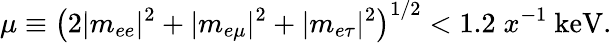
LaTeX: \mu\equiv\left(2|m_{ee}|^{2}+|m_{e\mu}|^{2}+|m_{e\tau}|^{2}\right)^{1/2}<1.2\; x^{-1}\mathrm{\ keV}.